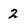
Character: 2